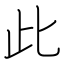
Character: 此